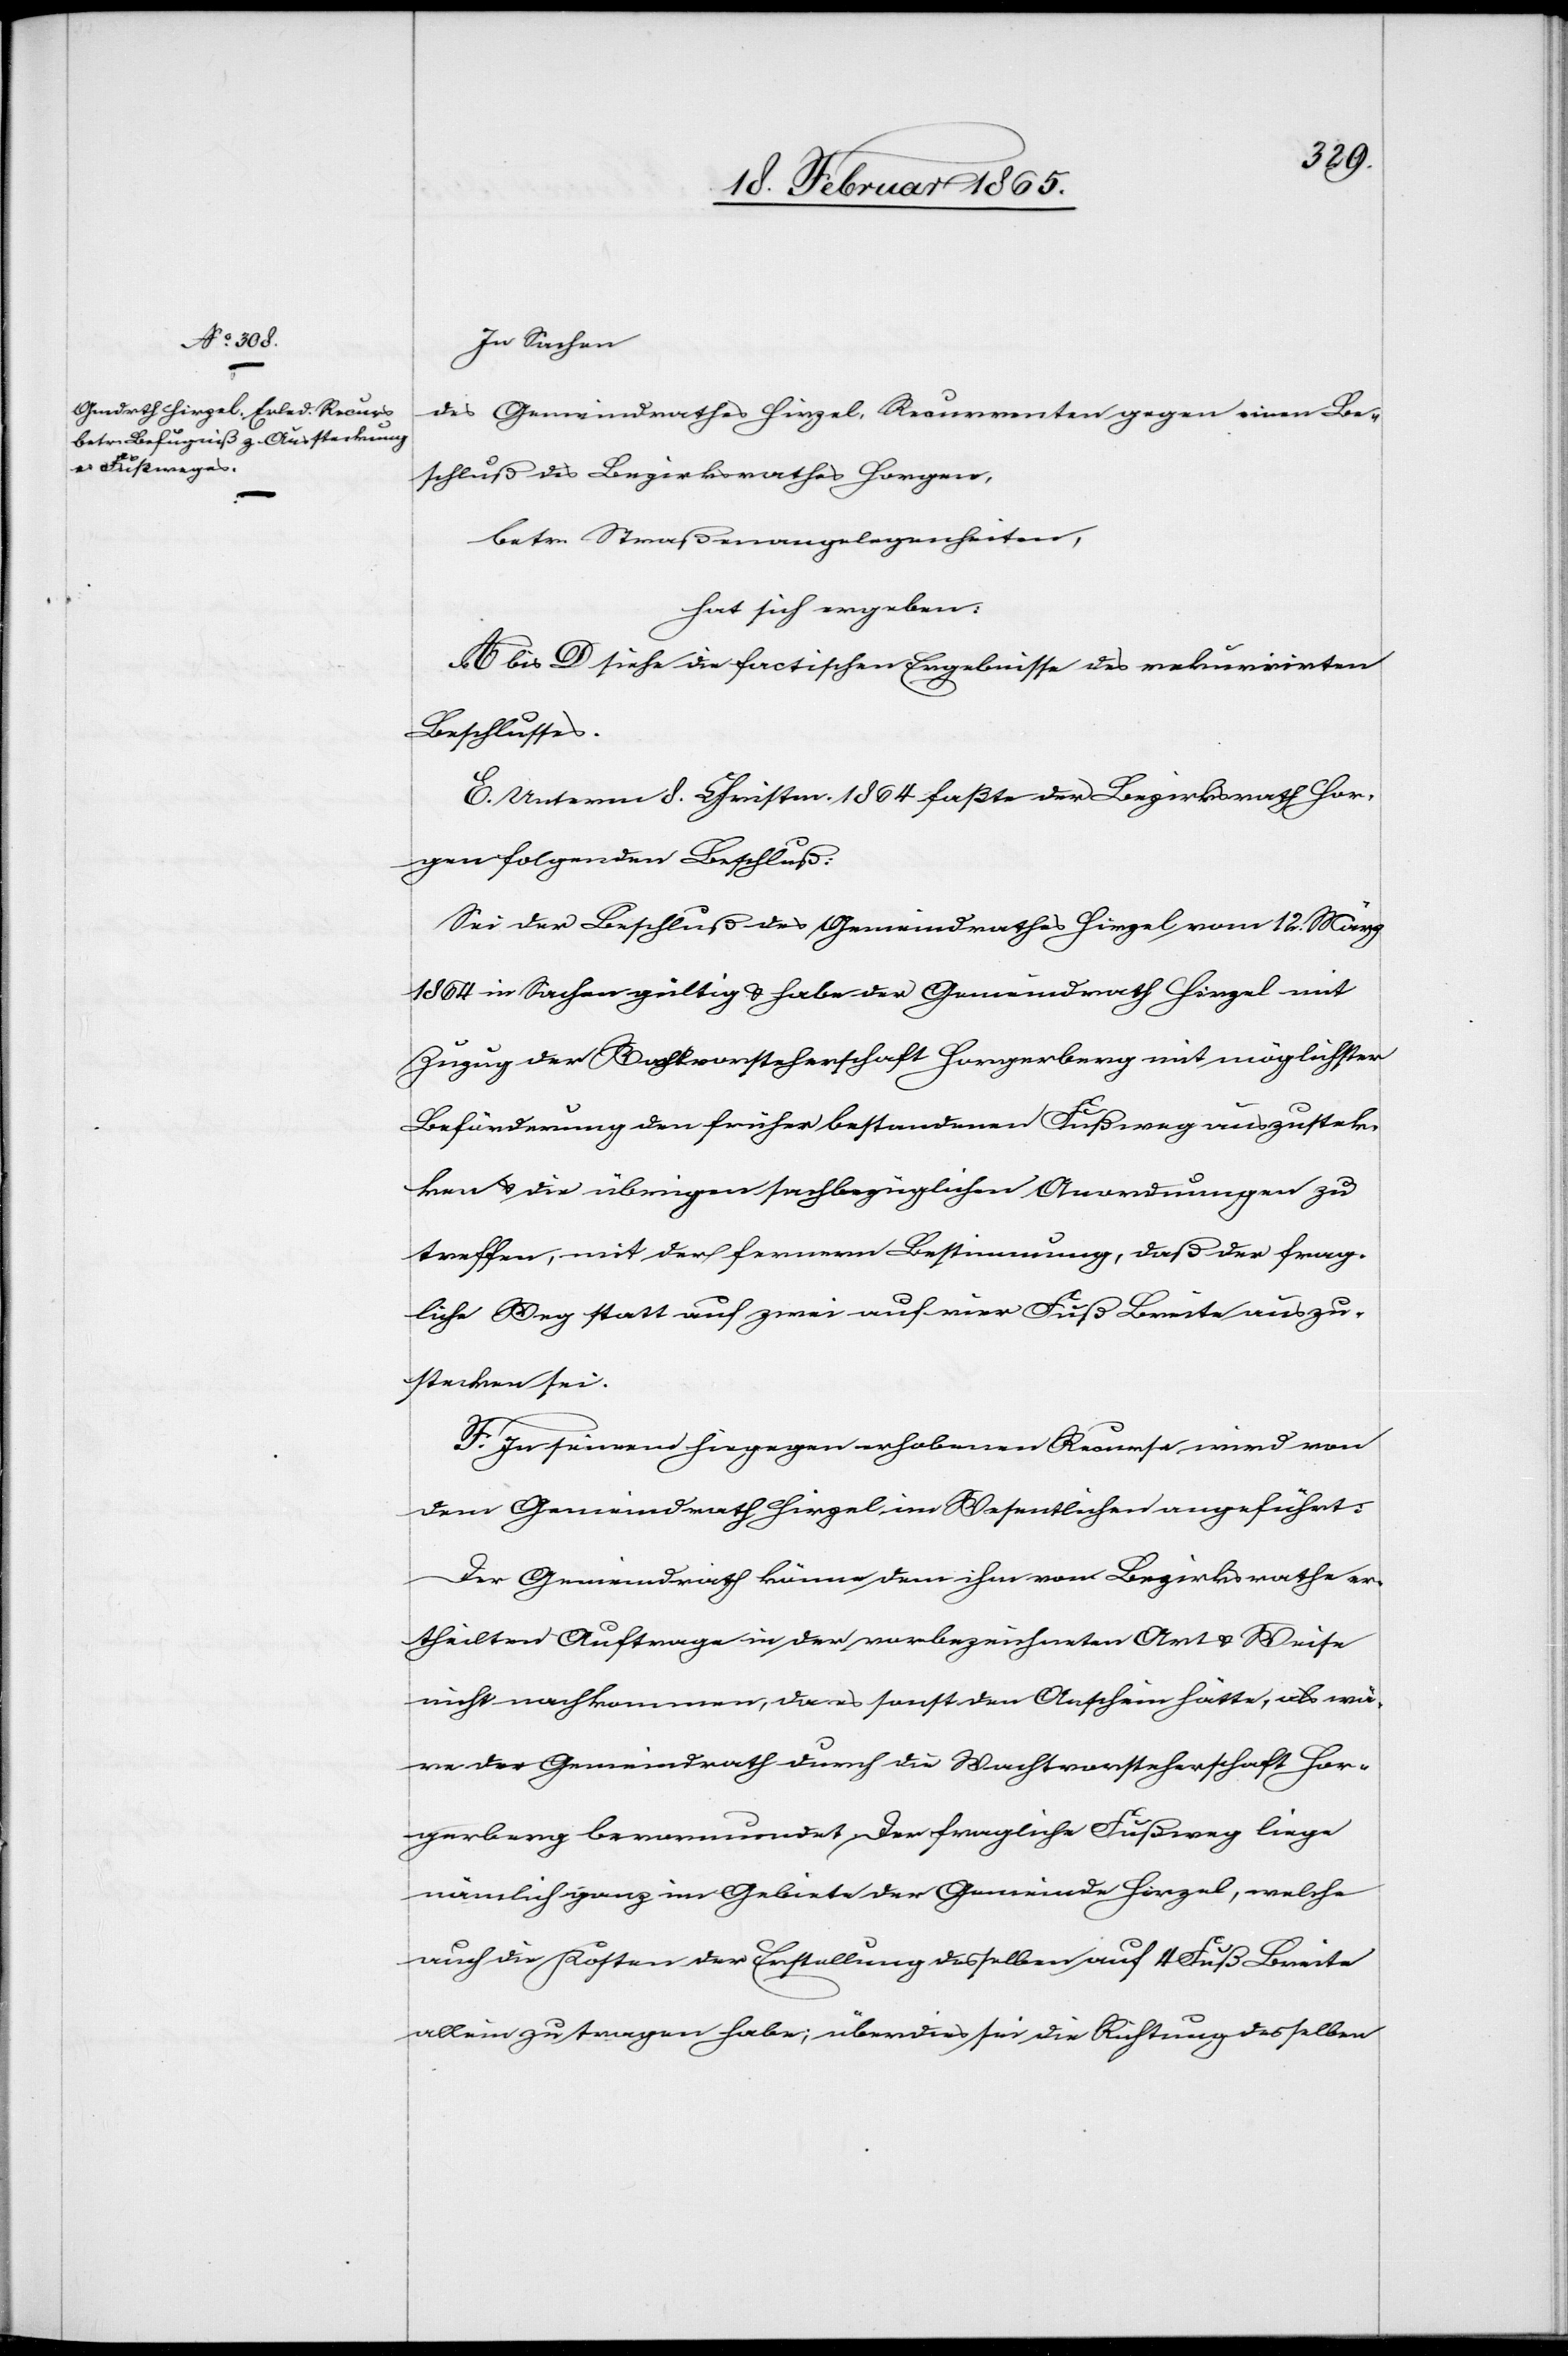
In Sachen
des Gemeindrathes Hirzel, Recurrenten gegen einen Be¬
schluß des Bezirksrathes Horgen,
betr. Straßenangelegenheiten,
hat sich ergeben:
A bis D siehe die factischen Ergebnisse des rekurrirten
Beschlusses.
E. Unterm 8. Christm. 1864 faßte der Bezirksrath Hor¬
gen folgenden Beschluß:
Sei der Beschluß des Gemeindrathes Hirzel vom 12. März
1864 in Sachen gültig u. habe der Gemeindrath Hirzel mit
Zuzug der Wachtvorsteherschaft Horgerberg mit möglichster
Beförderung den früher bestandenen Fußweg auszustec¬
ken u. die übrigen sachbezüglichen Anordnungen zu
treffen, mit der fernern Bestimmung, daß der frag¬
liche Weg statt auf zwei auf vier Fuß Breite auszu¬
stecken sei.
F. In seinem hiegegen erhobenen Recurse wird von
dem Gemeindrath Hirzel im Wesentlichen angeführt:
Der Gemeindrath könne dem ihm vom Bezirksrathe er¬
theilten Auftrage in der vorbezeichneten Art u. Weise
nicht nachkommen, da es sonst den Anschein hätte, als wä¬
re der Gemeindrath durch die Wachtvorsteherschaft Hor¬
gerberg bevormundet. Der fragliche Fußweg liege
nämlich ganz im Gebiete der Gemeinde Hirzel, welche
auch die Kosten der Erstellung desselben auf 4 Fuß Breite
allein zu tragen habe; überdies sei die Richtung desselben